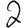
Digit: 2